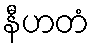
နီဟတံ